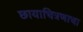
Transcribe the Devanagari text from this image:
छायाचित्रणाचा